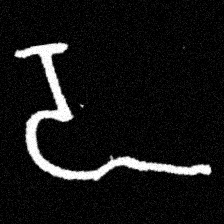
Pyu character \u2014 Myanmar letter: ဍ (romanized: dda)